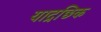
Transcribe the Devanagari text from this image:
याद्रछिक